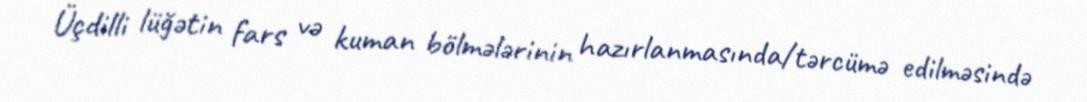
Üçdilli lüğətin fars və kuman bölmələrinin hazırlanmasında/tərcümə edilməsində